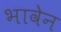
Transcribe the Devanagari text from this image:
भावेन